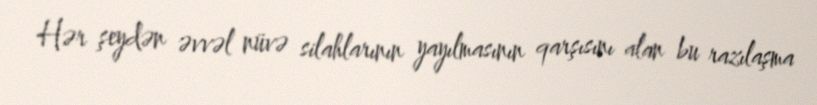
Hər şeydən əvvəl nüvə silahlarının yayılmasının qarşısını alan bu razılaşma